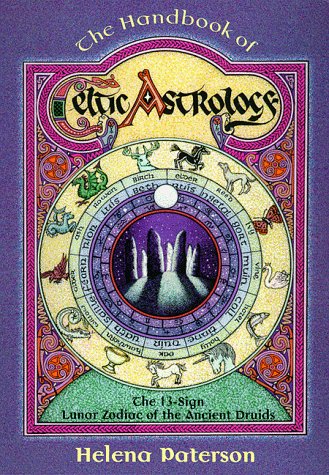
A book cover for The Handbook of Celtic Astrology: The 13-Sign Lunar Zodiac of the Ancient Druids (Llewellyn's Celtic Wisdom); Helena Paterson; Religion & Spirituality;